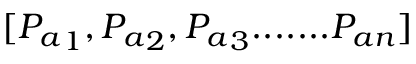
[ { P _ { a } } _ { 1 } , { P _ { a } } _ { 2 } , { P _ { a } } _ { 3 } . . . . . . . { P _ { a n } } ]